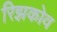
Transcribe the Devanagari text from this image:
रिझकोव